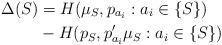
LaTeX: \begin{align*} \Delta(S) &= H(\mu_S ,p_{a_i} : a_i \in \{S\})\\&-H(p_S,p'_{a_i} \mu_S :a_i \in \{S\})\end{align*}